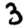
Digit: 3